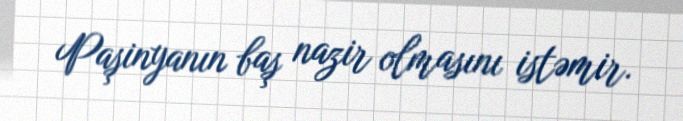
Paşinyanın baş nazir olmasını istəmir.